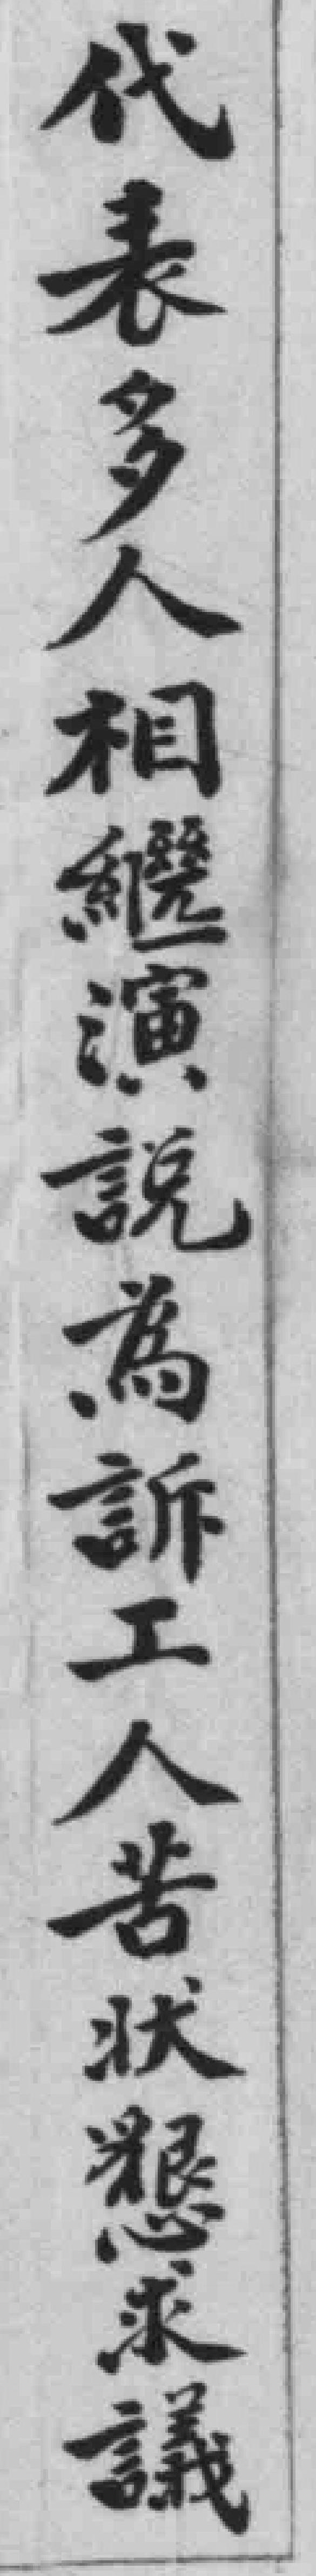
代表多人相繼演說為訴工人告狀懇求議